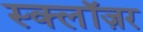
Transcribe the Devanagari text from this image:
स्क्लॉज़र